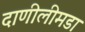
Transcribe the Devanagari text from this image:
दाणीलीमडा